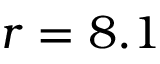
r = 8 . 1